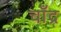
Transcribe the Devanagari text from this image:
चाँद्र